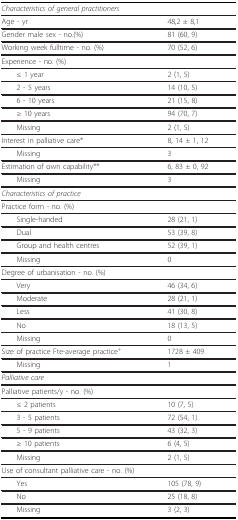
| Characteristics of general practitioners |  |
 | --- | --- |
 | Age - yr | 48,2 ± 8,1 |
 | Gender male sex - no.(%) | 81 (60, 9) |
 | Working week fulltime - no. (%) | 70 (52, 6) |
 | Experience - no. (%) |  |
 | ≤ 1 year | 2 (1, 5) |
 | 2 - 5 years | 14 (10, 5) |
 | 6 - 10 years | 21 (15, 8) |
 | ≥ 10 years | 94 (70, 7) |
 | Missing | 2 (1, 5) |
 | Interest in palliative care* | 8, 14 ± 1, 12 |
 | Missing | 3 |
 | Estimation of own capability** | 6, 83 ± 0, 92 |
 | Missing | 3 |
 | Characteristics of practice |  |
 | Practice form - no. (%) |  |
 | Single-handed | 28 (21, 1) |
 | Dual | 53 (39, 8) |
 | Group and health centres | 52 (39, 1) |
 | Missing | 0 |
 | Degree of urbanisation - no. (%) |  |
 | Very | 46 (34, 6) |
 | Moderate | 28 (21, 1) |
 | Less | 41 (30, 8) |
 | No | 18 (13, 5) |
 | Missing | 0 |
 | Size of practice Fte-average practice+ | 1728 ± 409 |
 | Missing | 1 |
 | Palliative care |  |
 | Palliative patients/y - no. (%) |  |
 | ≤ 2 patients | 10 (7, 5) |
 | 3 - 5 patients | 72 (54, 1) |
 | 5 - 9 patients | 43 (32, 3) |
 | ≥ 10 patients | 6 (4, 5) |
 | Missing | 2 (1, 5) |
 | Use of consultant palliative care - no. (%) |  |
 | Yes | 105 (78, 9) |
 | No | 25 (18, 8) |
 | Missing | 3 (2, 3) |